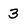
Character: 3